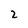
Character: 2